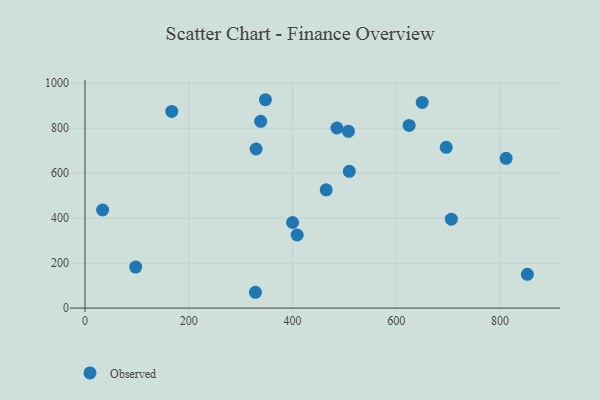
{"axis": {"x": "Ad Spend", "y": "Fuel Efficiency"}, "legend": ["Observed"], "data": [{"x": "509.6", "y": 608.1, "type": "Observed"}, {"x": "650.1", "y": 914.6, "type": "Observed"}, {"x": "706.3", "y": 395.6, "type": "Observed"}, {"x": "347.9", "y": 926.6, "type": "Observed"}, {"x": "167.3", "y": 874.4, "type": "Observed"}, {"x": "328.6", "y": 70.3, "type": "Observed"}, {"x": "811.9", "y": 666.1, "type": "Observed"}, {"x": "400.3", "y": 380.6, "type": "Observed"}, {"x": "485.7", "y": 800.9, "type": "Observed"}, {"x": "329.9", "y": 707.4, "type": "Observed"}, {"x": "338.7", "y": 830.6, "type": "Observed"}, {"x": "507.9", "y": 786.0, "type": "Observed"}, {"x": "97.8", "y": 182.3, "type": "Observed"}, {"x": "852.9", "y": 150.1, "type": "Observed"}, {"x": "696.4", "y": 715.1, "type": "Observed"}, {"x": "34.0", "y": 436.3, "type": "Observed"}, {"x": "465.0", "y": 525.7, "type": "Observed"}, {"x": "409.1", "y": 325.1, "type": "Observed"}, {"x": "624.9", "y": 812.3, "type": "Observed"}]}